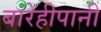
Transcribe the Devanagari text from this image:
बारेहीपानी